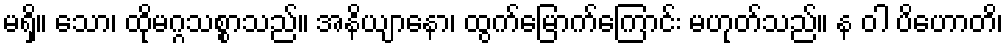
မရှိ။ သော၊ ထိုမဂ္ဂသစ္စာသည်။ အနိယျာနော၊ ထွက်မြောက်ကြောင်း မဟုတ်သည်။ န ဝါ ပိဟောတိ၊